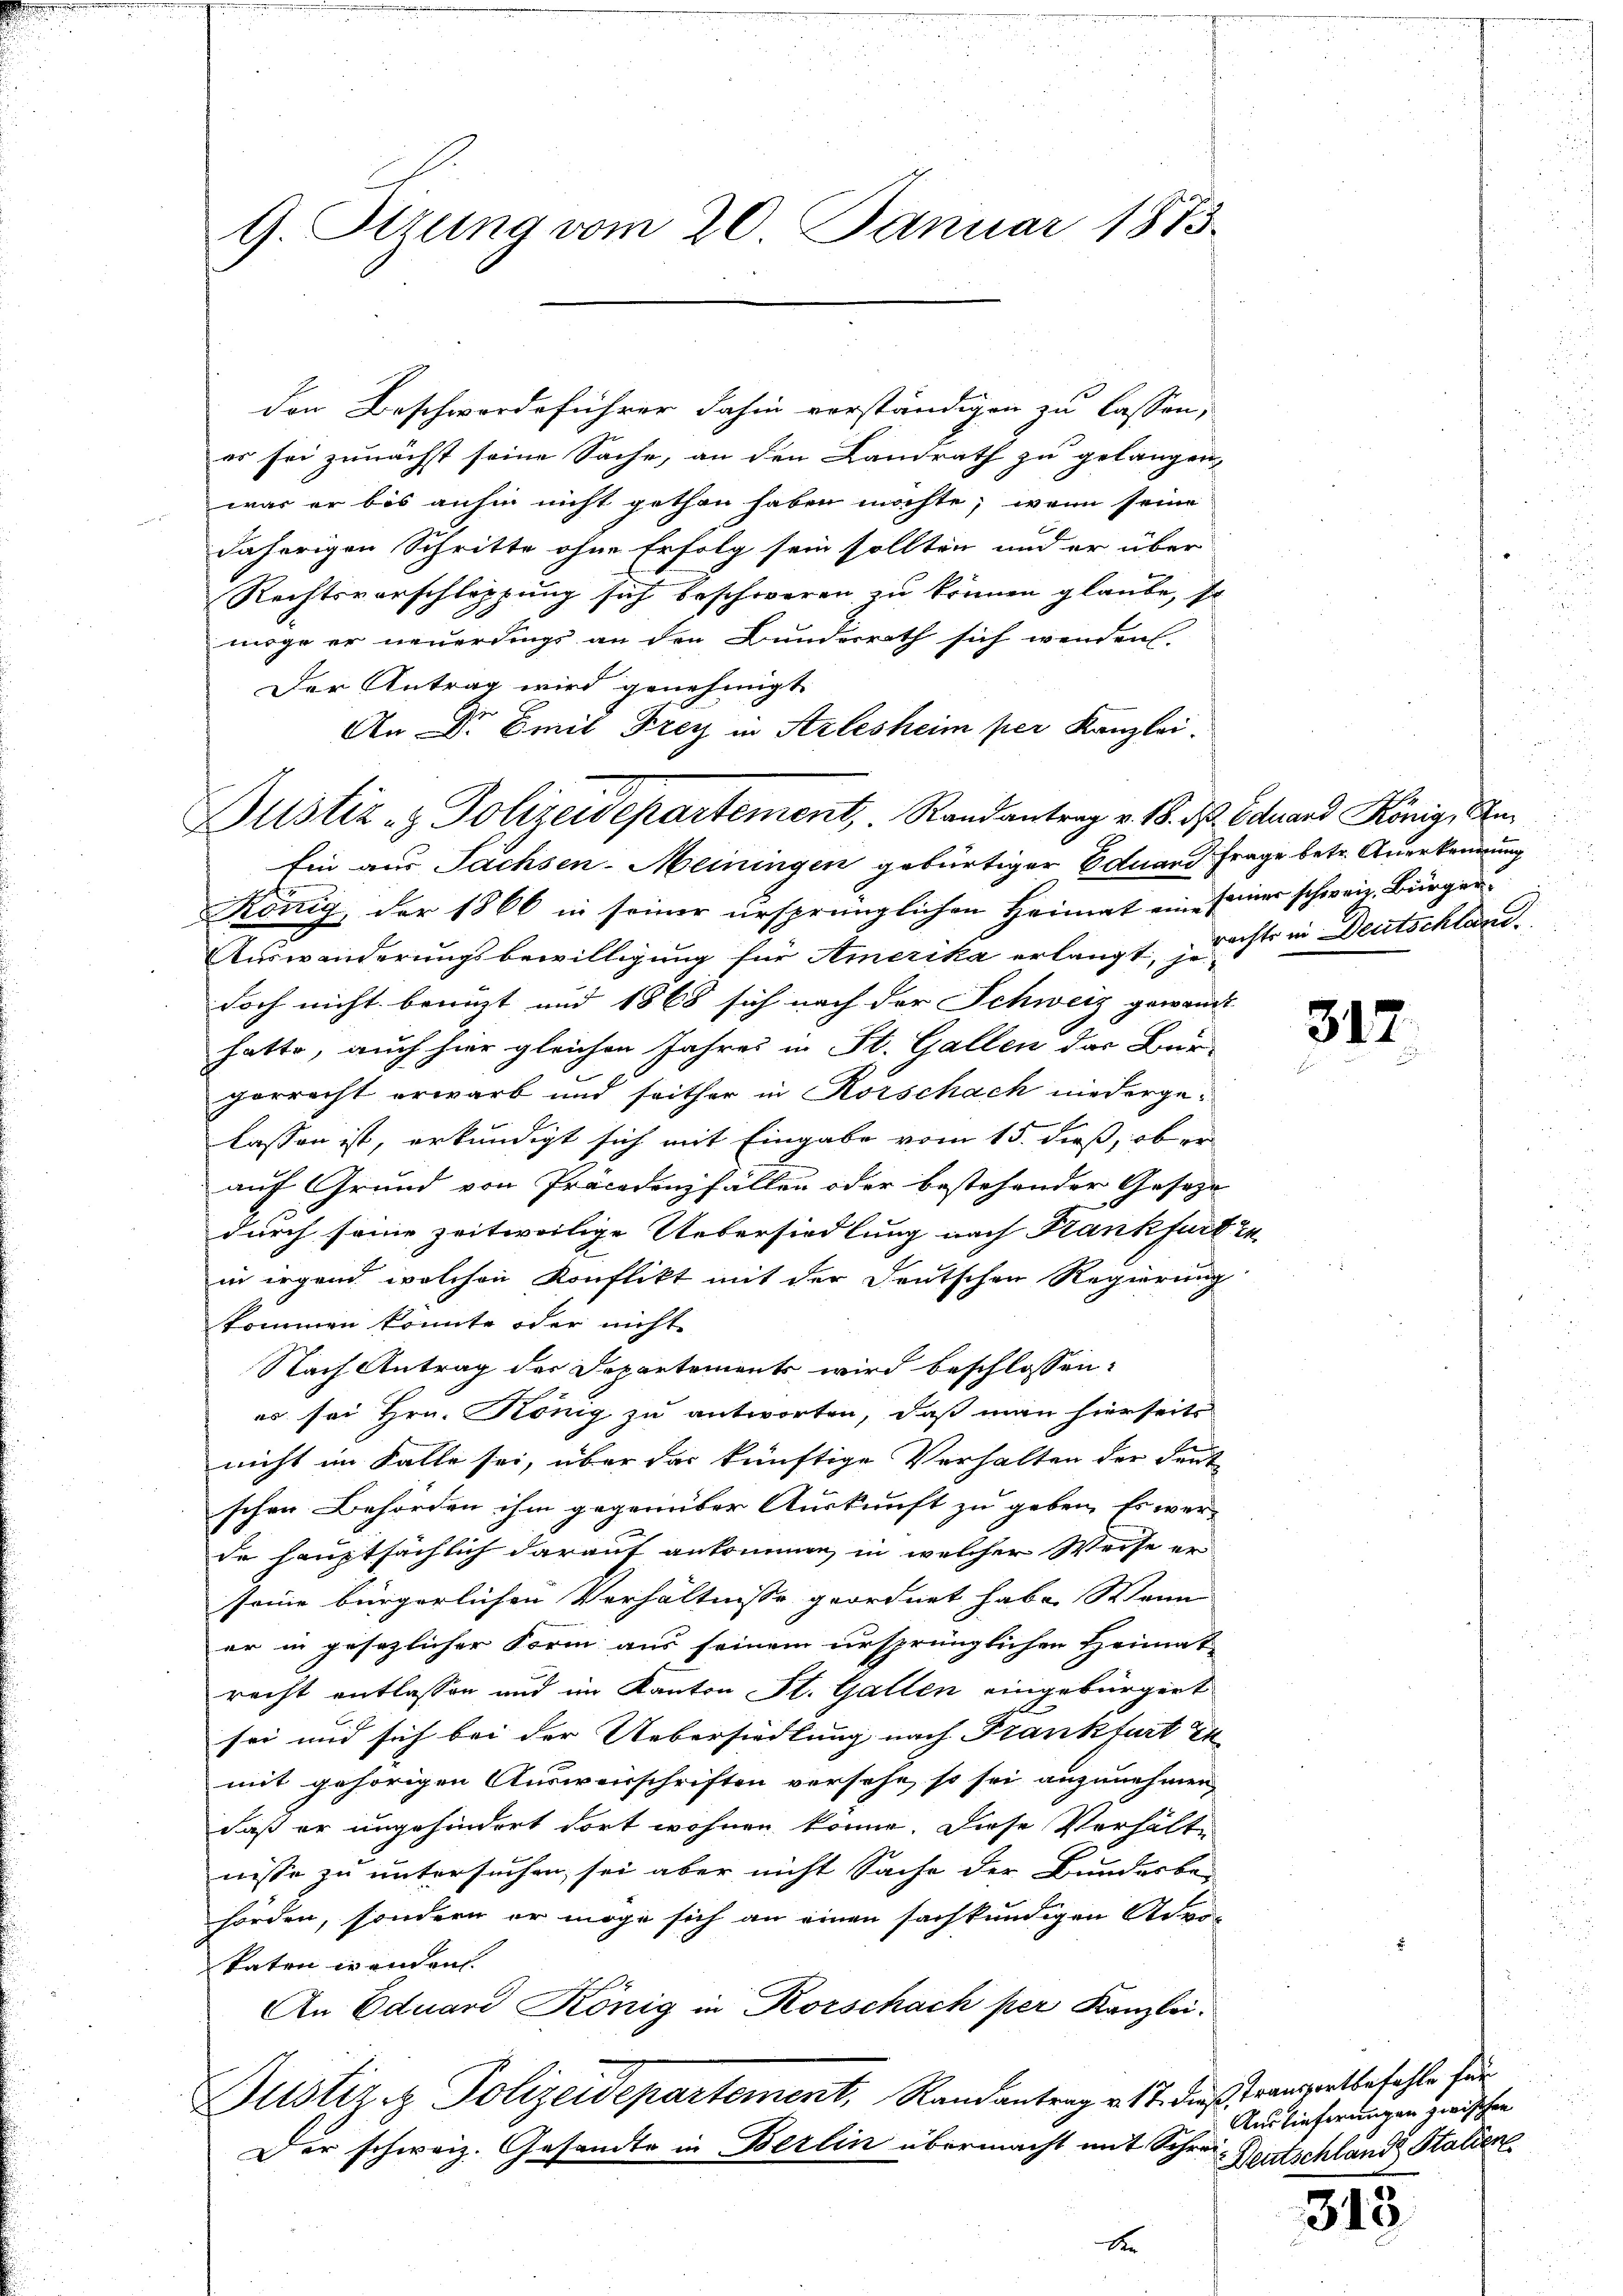
G. Sizung vom 20. Januar 1873.

den Beschwerdeführer dahin vorständigen zu lassen,
er sei zunächst seine Sache, an den Landrath zu gelangen,
war er bis anhin nicht gethan haben möchte; wenn seine
daherigen Schritte ohne Erfolg sein sollten und er über
Rechtsvorschleppung sich beschweren zu können glaube, so
möge er neuerdings an den Bundesrath sich wenden
Der Antrag wird genehmigt.
en
An DDr. Emil Frey in Strlesheim per Kanzlei.
Dustiz- & Polizeidepartement, Randantrag v. 18. d. Eduard König, An¬
Ein aus Sachsen-Meiningen gebürtiger Eduard Frage betr. Anerkennung
König, der 1866 in seiner ursprünglichen Heimat eine seiner schweiz. Bürger¬
Auswanderungsbewilligung für Amerika erlangt, auf in Deutschlauc
doch nicht benuzt und 1868 sich nach der Schweiz gewandt
hatte, auch hier gleichen Jahres in St. Gallen das Bür-
porrecht erwarb und seither in Rorschach niedergelassen ist, erkundigt sich mit Eingabe vom 15. dieß, ob er
auf Grund von Procedenzfällen oder bestehender Gesetze
durch seine zeitweilige Uebersiedlung nach Krankfurt in
in irgend welchen Konflikt mit der Deutschen Regierung
kommen könnte oder nicht
Nach Antrag der Departements wird beschlossen:
es sei Hrn. König zu antworten, daß man hierseit
nicht im Falle sei, über das künftige Verhalten der Deut
schen Behörden ihm gegenüber Auskunft zu geben, Es wer-
de hauptsächlich darauf ankommen, in welcher Weise er-
seine bürgerlichen Verhältnisse geordnet habe. Wenn
er in gesezlicher Form aus seinem ursprünglichen Heimat
recht entlassen und im Kanton St. Gallen eingebürgert
sei und sich bei der Uebersiedlung nach Frankfurt in |
mit gehörigen Ausweisschriften versehe, so sei anzunehmen,
daß er ungehindert dort wohnen könne. Diese Verhältn
nisse zu untersuchen, sei aber nicht Sache der Bundesbe-
hörden, sondern er möge sich an einen sachkundigen Ader-
katen wenden.
An Eduard König in Korschach per Kanzlei.
Justiz & Polizeidepartement, Randantrag v. 17. dieß franzentbefehle für
Der schweiz. Gesandte in Berlin übermacht mit Schrei¬

u

317.

Auslieferungen zwischen
Deutschland Statien

315